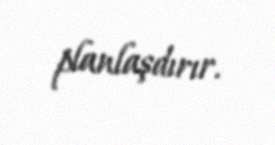
planlaşdırır.